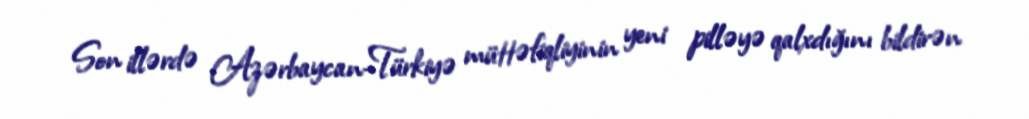
Son illərdə Azərbaycan-Türkiyə müttəfiqliyinin yeni pilləyə qalxdığını bildirən